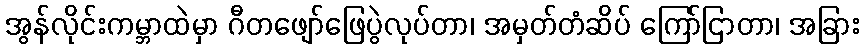
အွန်လိုင်းကမ္ဘာထဲမှာ ဂီတဖျော်ဖြေပွဲလုပ်တာ၊ အမှတ်တံဆိပ် ကြော်ငြာတာ၊ အခြား